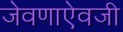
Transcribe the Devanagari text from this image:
जेवणाऐवजी